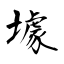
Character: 壉